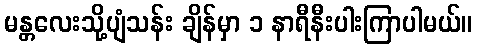
မန္တလေးသို့ပျံသန်း ချိန်မှာ ၁ နာရီနီးပါးကြာပါမယ်။